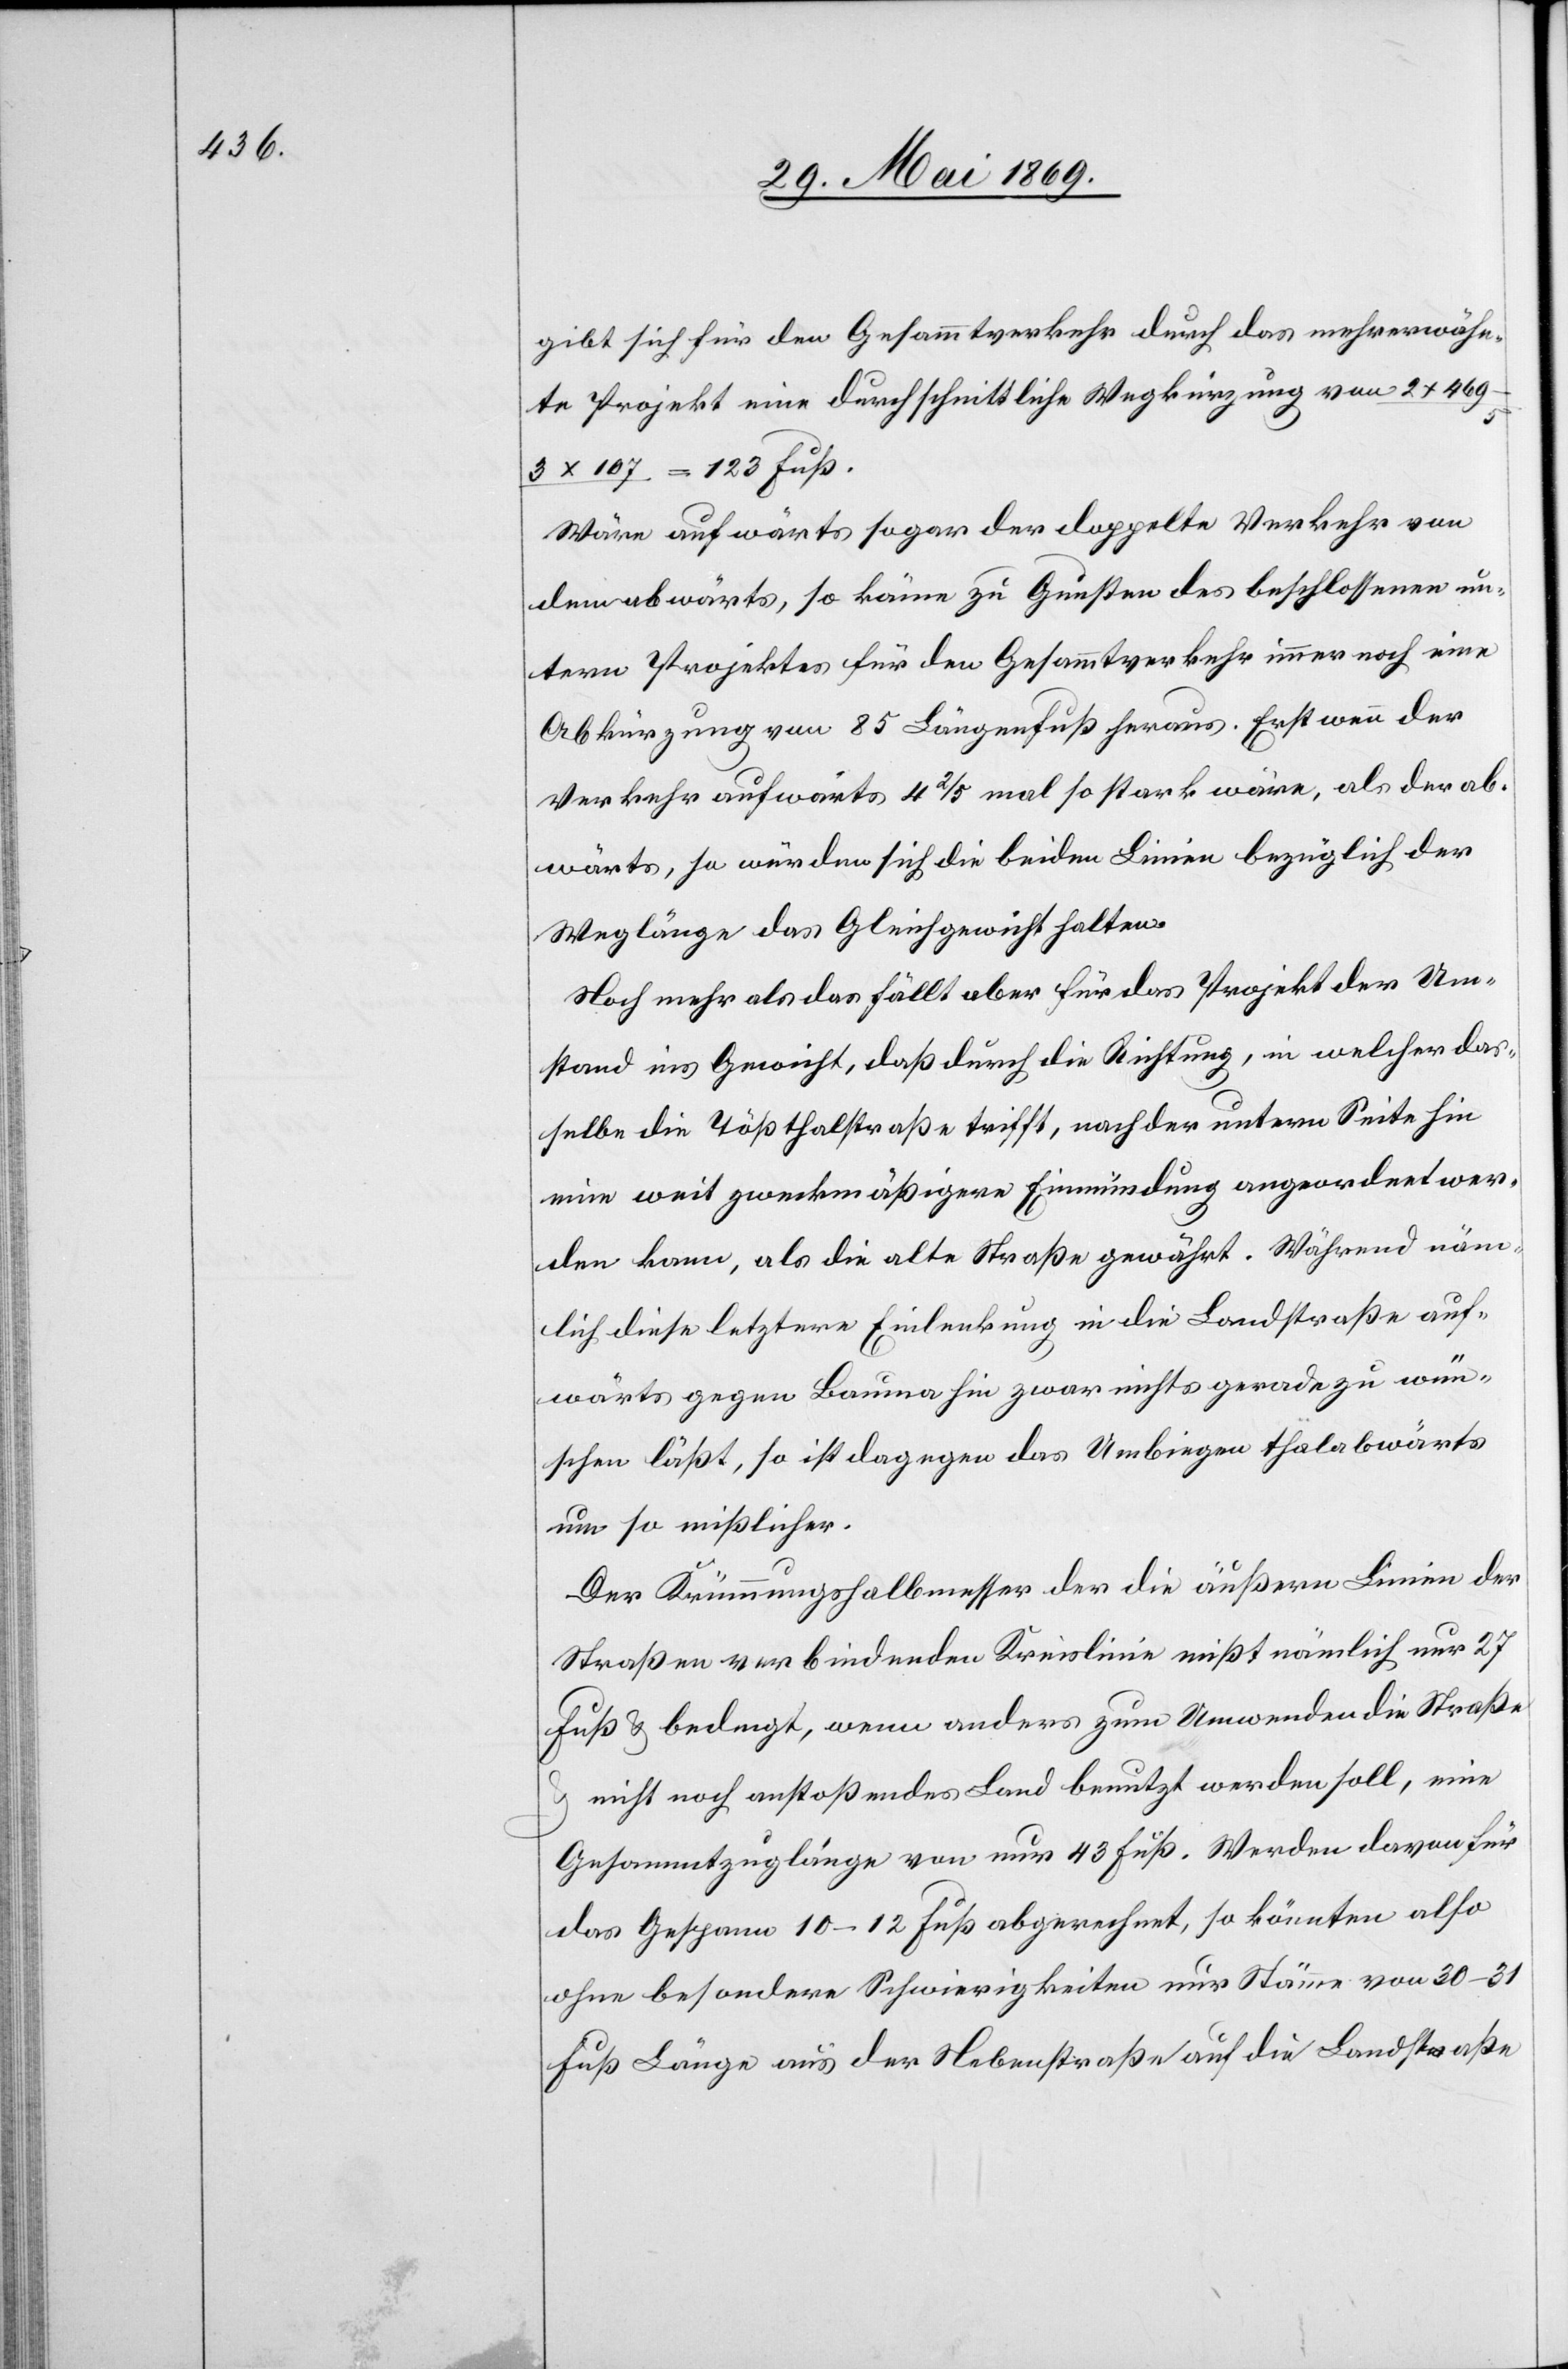
gibt sich für den Gesammtverkehr durch das mehrerwähn¬
te Projekt eine durchschnittliche Wegkürzung von
3 x 107 = 123 Fuß.
Wäre aufwärts sogar der doppelte Verkehr von
dem abwärts, so käme zu Gunsten des beschlossenen un¬
tern Projekts für den Gesammtverkehr immer noch eine
Abkürzung von 85 Längenfuß heraus. Erst wenn der
Verkehr aufwärts 4 2/5 mal so stark wäre, als der ab¬
wärts, so würden sich die beiden Linien bezüglich der
Weglänge das Gleichgewicht halten.
Noch mehr als das fällt aber für das Projekt der Um¬
stand ins Gewicht, daß durch die Richtung, in welcher das¬
selbe die Tößthalstraße trifft, nach der untern Seite hin
eine weit zweckmäßigere Einmündung angeordnet wer¬
den kann, als die alte Straße gewährt. Während näm¬
lich diese letztere Einlenkung in die Landstraße auf¬
wärts gegen Bauma hin zwar nichts gerade zu wün¬
schen läßt, so ist dagegen das Umbiegen thalabwärts
um so mißlicher.
Der Krümmungshalbmesser der die äußern Linien der
Straßen verbindenden Kreislinie mißt nämlich nur 27
Fuß u. bedingt, wenn anders zum Umwenden die Straße
u. nicht noch anstoßendes Land benutzt werden soll, eine
Gesammtzuglänge von nur 43 Fuß. Werden davon für
das Gespann 10–12 Fuß abgerechnet, so könnten also
ohne besondere Schwierigkeiten nur Stämme von 30–31
Fuß Länge aus der Nebenstraße auf die Landstraße